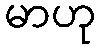
မာဟု